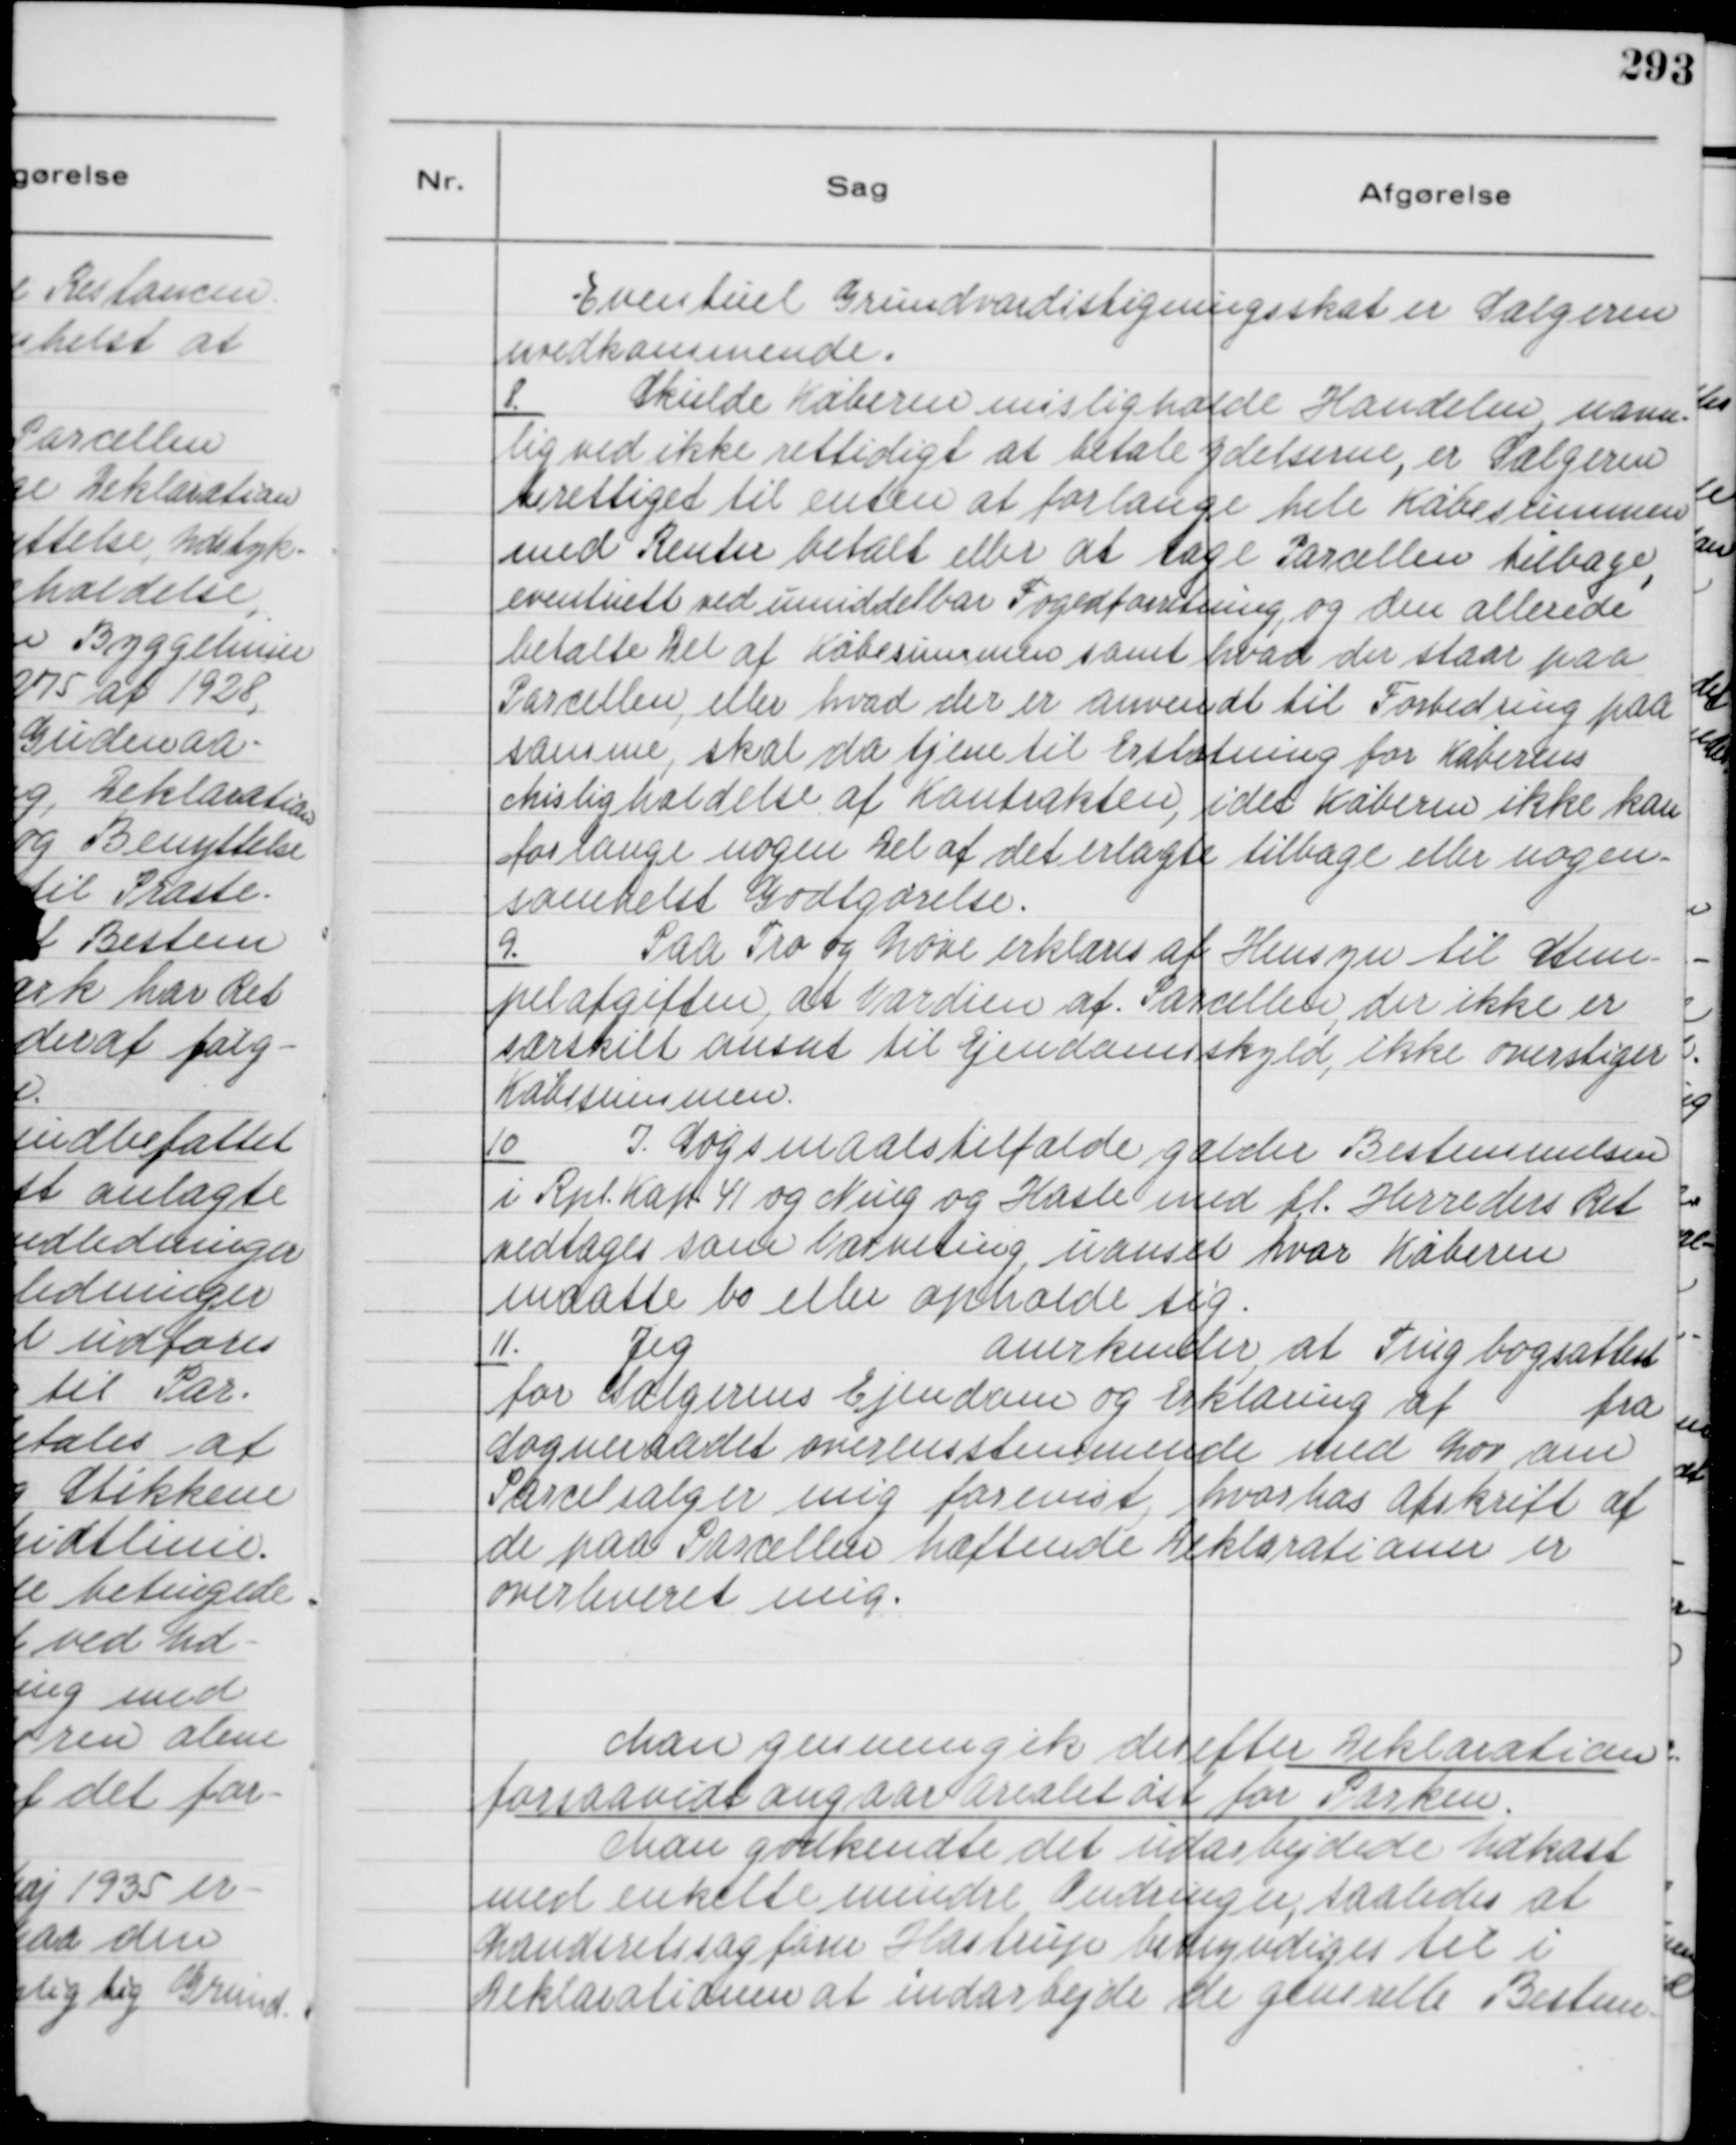
Transskription:
Eventuel Grundværdistigningsskat er Sælgeren
uvedkommende.

8.
Skulde Køberen misligholde Handelen, uanse-
lig ved ikke rettidig at betale Ydelserne, er Sælgeren
berettiget til enten at forlange hele Købesummen
med Renter betalt eller at tage Parcellen tilbage,
eventuelt ved umiddelbar Fogedforretning, og den allerede
betalte Del af Købesummen samt hvad der staar paa
Parcellen, eller hvad der er anvendt til Forbedring paa
samme, skal da tjene til Erstatning for Køberens
Misligholdelse af Kontrakten, idet Køberen ikke kan
forlange nogen Del af det erlagte tilbage eller nogen-
somhelst Godtgørelse.

9.
Paa Tro og Love erklæres af Hensyn til Stem-
pelafgiften, at Værdien af . Parcellen, der ikke er
særskilt ansat til Ejendomsskyld, ikke overstiger
Købesummen.

10
I Søgsmaalstilfælde gælder Bestemmelsen
i Rpl. Kap 41 og Ning og Hasle med fl. Herreders Ret
vedtages som Værneting, uanset hvor Køberen
maatte bo eller opholde sig.

11.
Jeg
anerkender at Tingbogsattest
for Sælgerens Ejendom og Erklæring af
fra
Sogneraadet overensstemmende med Lov om
Parcelsalg er mig forevist, hvorhos Afskrift af
de paa Parcellen hæftende Deklarationer er
overleveret mig.

Man gennemgik derefter Deklaration
forsaavidt angaar Arealet øst for Parken.
Man godkendte det udarbejdede Udkast
med enkelte mindre Ændringer, saaledes at
Landsretssagfører Hastrup bemyndiges til i
Deklarationen at indarbejde de generelle Bestem-